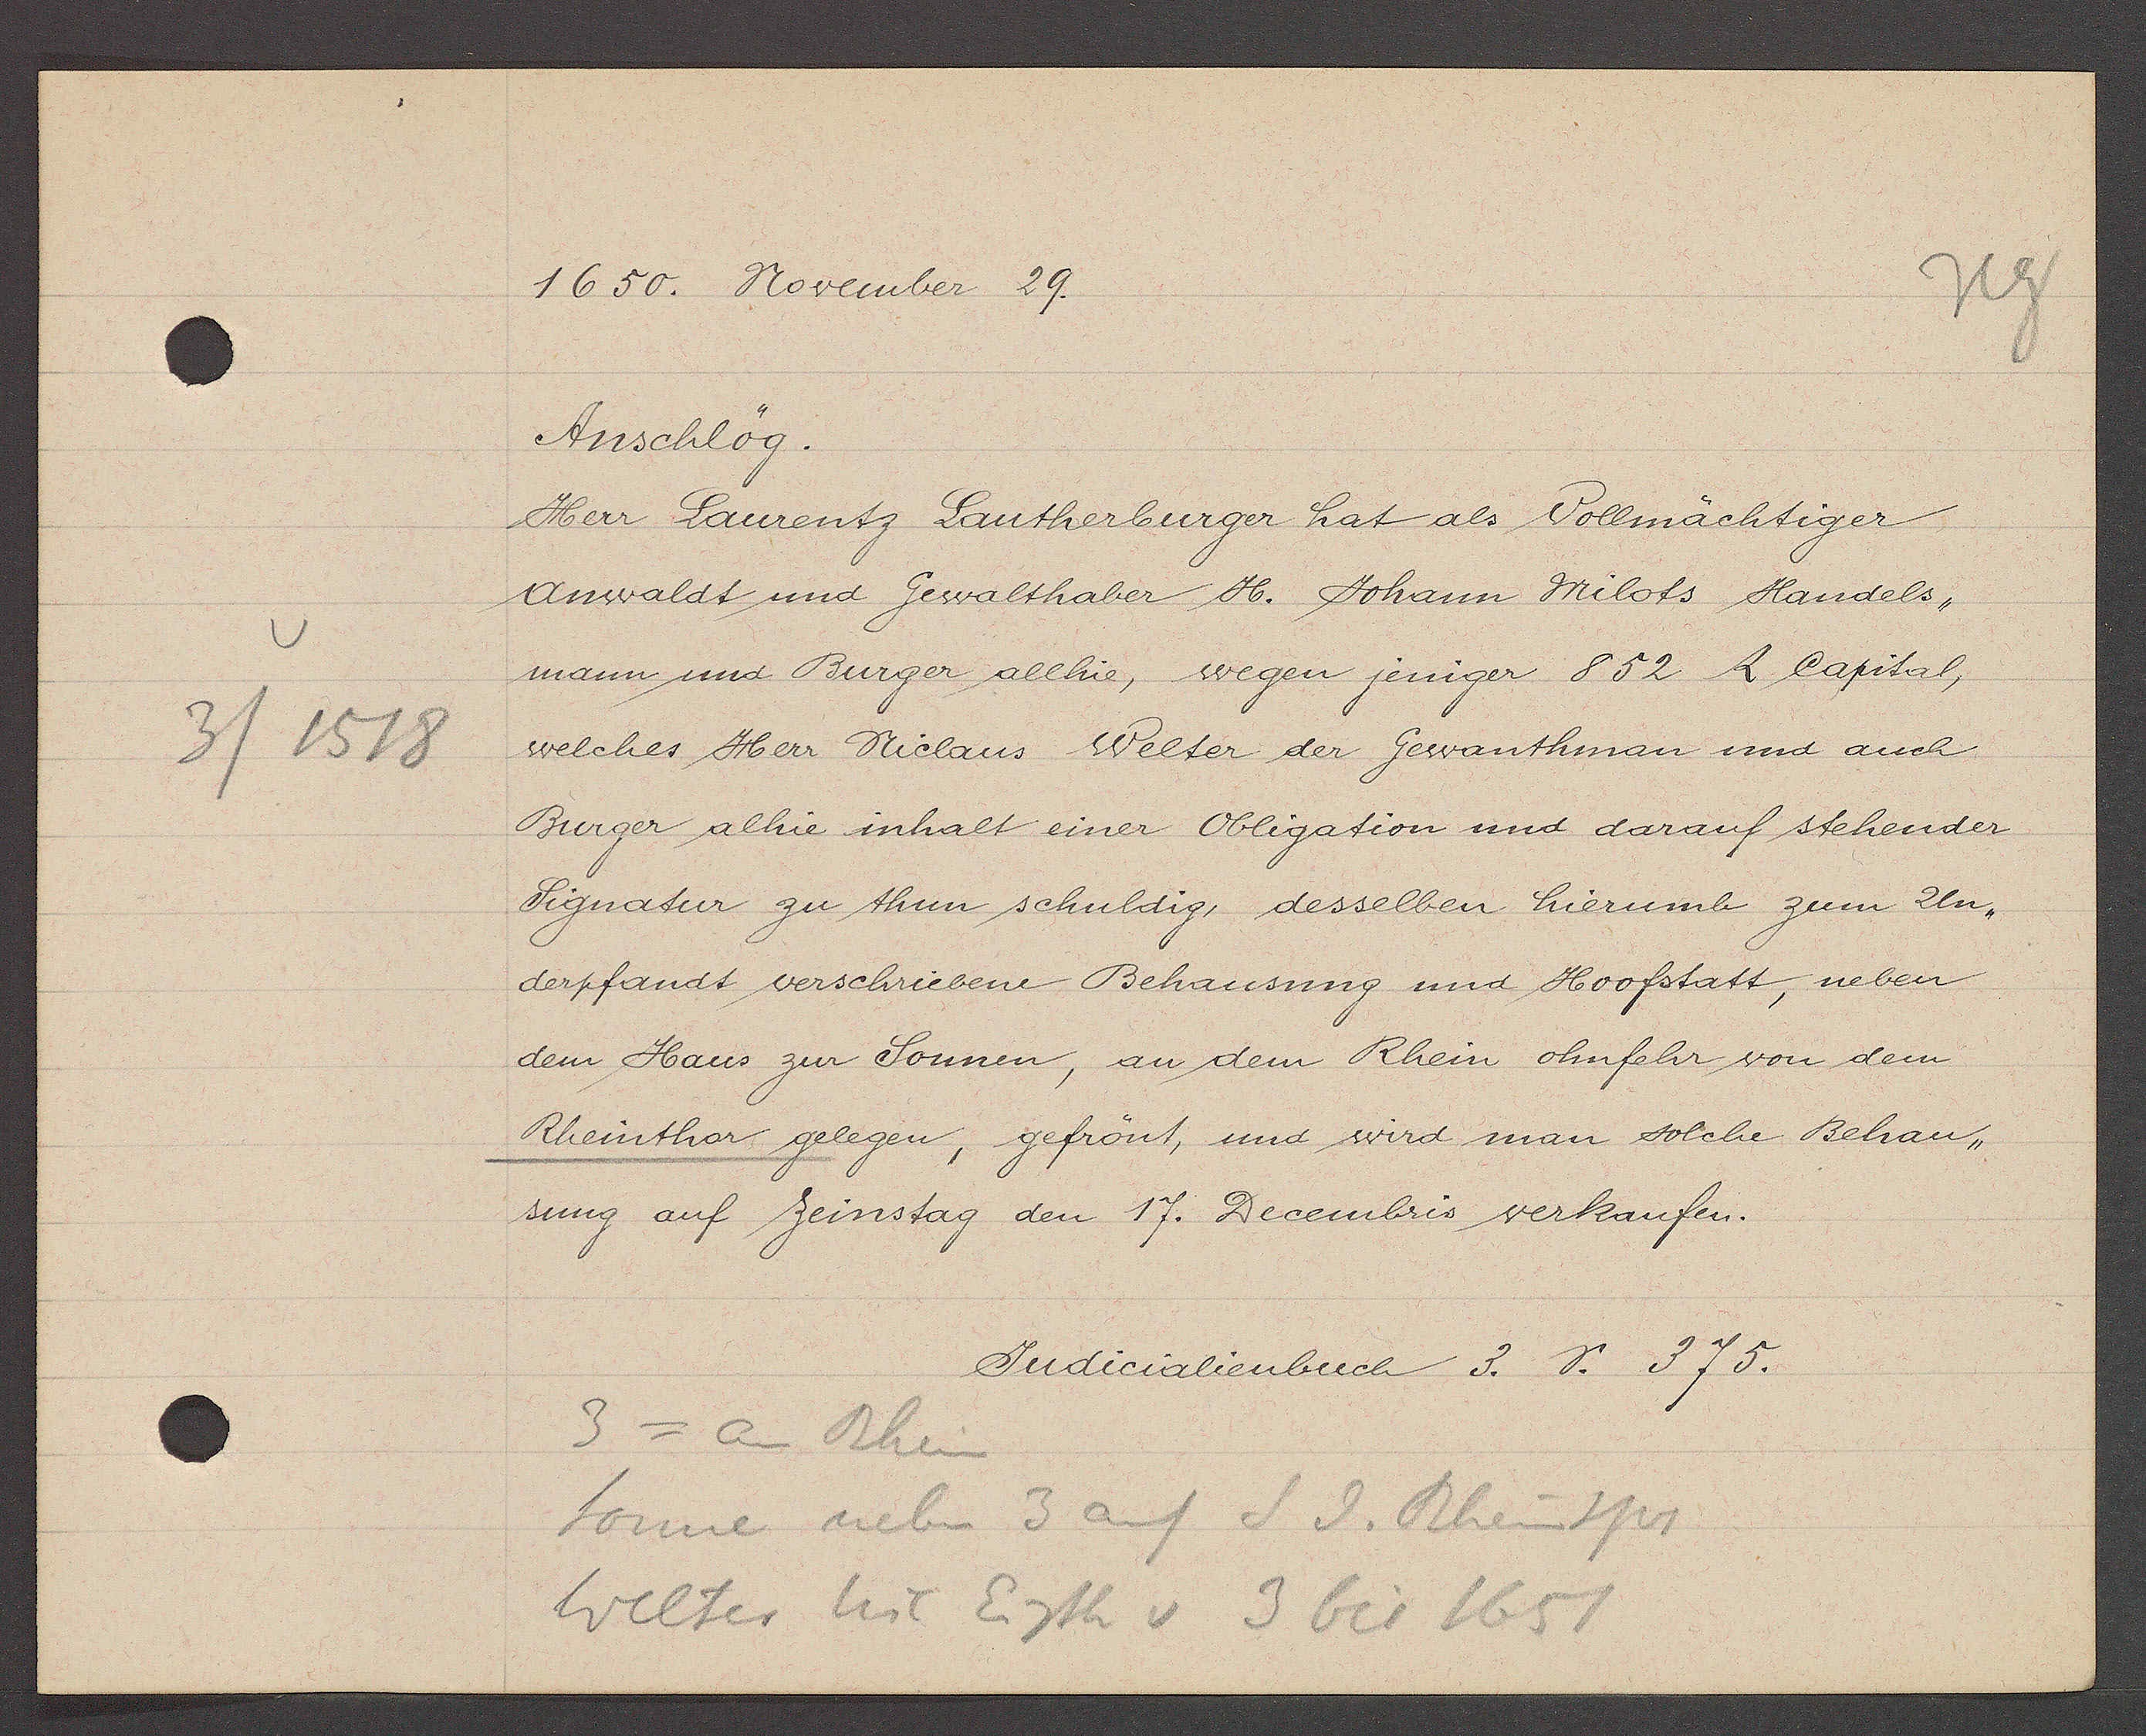
Transcript:
3 / 1518

1650. November 29.

Anschlög.
Herr Laurentz Lauthenburger hat als Vollmächtiger
Anwaldt und Gewalthaber H. Johann Milots Handels,
mann und Burger allhie, wegen jeniger 852 ﬂ Capital,
welches Herr Niclaus Welter der Gewanthman und auch
Burger alhie inhalt einer Obligation und darauf stehender
Signatur zu thun schuldig, desselben hierumb zum Un-
derpfandt verschriebene Behausung und Hoofstatt, neben
dem Haus zur Sonnen, an dem Rhein ohnfehr von dem
Rheinthor gelegen, gefrönt, und wird man solche Behau-
sung auf Zeinstag den 17. Decembris verkaufen.

Judicalienbuch 3. S. 375

3 = an Rhein
Sonne neben 3 auf S d. Rheinspr
Welter Nic Egth v 3 bis 1651